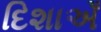
દિશાએઁ